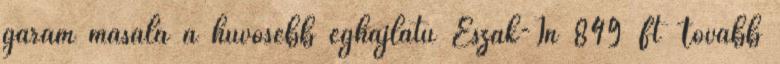
garam masala a hűvösebb éghajlatú Észak-In 849 Ft Tovább